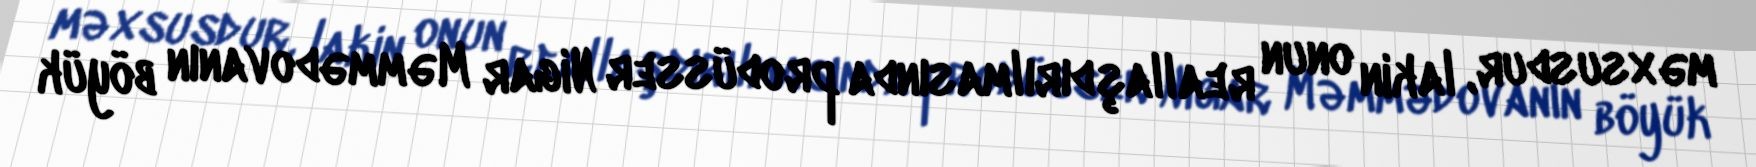
məxsusdur, lakin onun reallaşdırılmasında prodüsser Nigar Məmmədovanın böyük